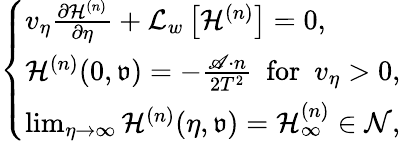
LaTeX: \begin{array}{r}{\left\{ \begin{array}{l}{v_{\eta}\frac{\partial\mathcal{H}^{(n)}}{\partial\eta}+\mathcal{L}_{w}\left[\mathcal{H}^{(n)}\right]=0,}\\ {\mathcal{H}^{(n)}(0,{\mathfrak{v}})=-\frac{\mathscr{A}\cdot n}{2T^{2}}\ \ \mathrm{for}\ \ v_{\eta}>0,}\\ {\operatorname*{lim}_{\eta\rightarrow\infty}\mathcal{H}^{(n)}(\eta,{\mathfrak{v}})=\mathcal{H}_{\infty}^{(n)}\in\mathcal{N},}\end{array}\right.}\end{array}